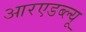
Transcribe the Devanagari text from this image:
आरएडब्ल्यू